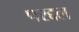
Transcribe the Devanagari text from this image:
परद्दल